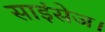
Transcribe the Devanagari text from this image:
साइंसेज।